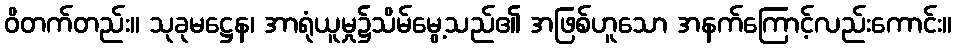
ဝိတက်တည်း။ သုခုမဋ္ဌေန၊ အာရုံယူမှု၌သိမ်မွေ့သည်၏ အဖြစ်ဟူသော အနက်ကြောင့်လည်းကောင်း။